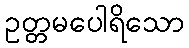
ဥတ္တမပေါရိသော